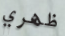
ظهري